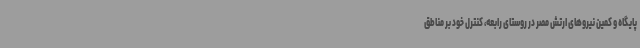
پایگاه و کمین نیروهای ارتش مصر در روستای رابعه، کنترل خود بر مناطق